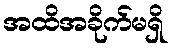
အထိအခိုက်မရှိ